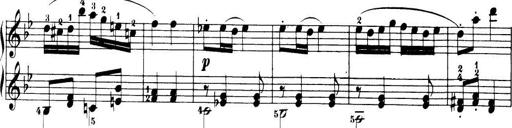
Title: 32 Sonatinas and Rondos for the Piano
Composer: Richard Kleinmichel